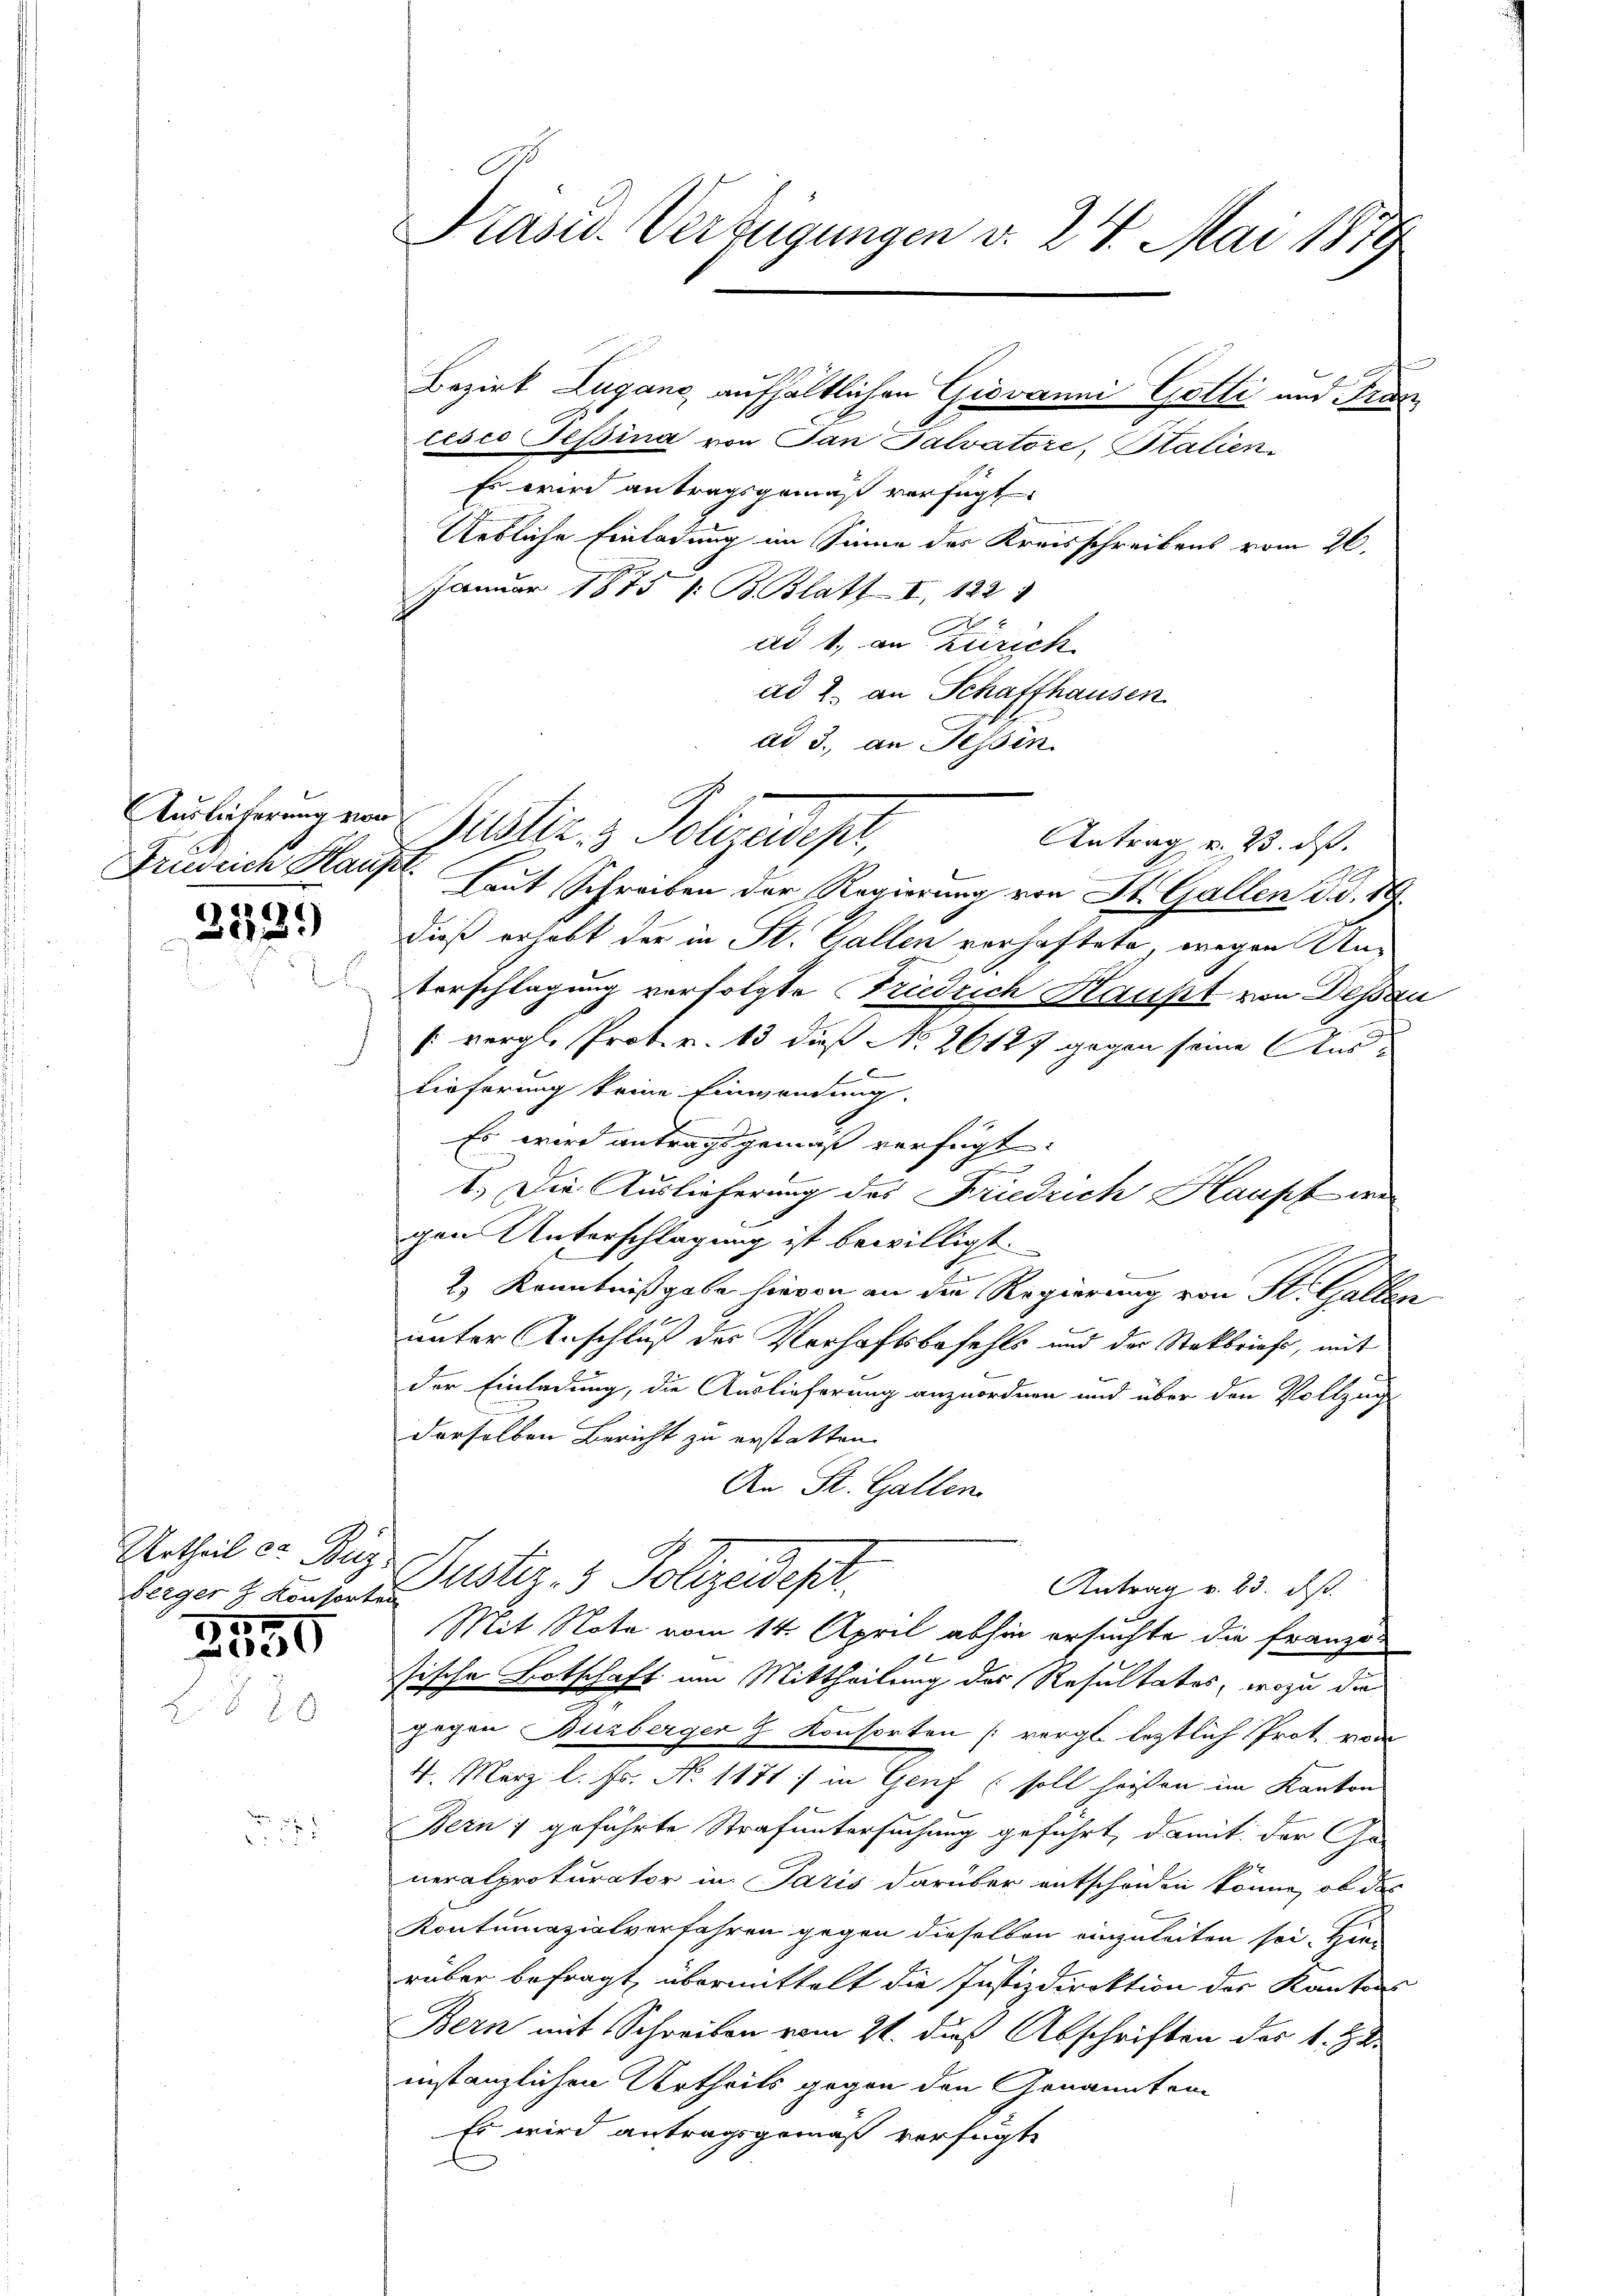
Auslieferung von

2339

Berger z. Konsorten

15
10200

cesco Tessina von Jan Talvatore, Stalien
Es wird antragsgemäß verfügt:
Uebliche Einladung im Sinne des Kreisschreibens vom 26.
Januar 1875 1: B. Blatt I 122
ad 1. an Zürich
ad 2. an Schaffhausen
ad 3., an Tessin

Präsid. Verfügungen v. 24. Mai 1879

Rustiz & Polizeidept,

Antrag u. 23. ds.
Fridrich Haus. Laut Schreiben der Regierung von St. Gallen d. d. 19
dieß erhebt der in St. Gallen verhaftete, wegen Un¬
Vorschlagung verfolgte Friedrich Haupt von Dessau
[vergl. Prot. v. 13 dieß No. 26187 gegen seine Aus¬
E
tieferung keine Einwendung.
Es wird antragsgemäß verfügt:
.
1.) Die Auslieferung des Friedrich Haupt we
gen Unterschlagung ist bewilligt.
a
2.) Kenntnißgabe hievon an die Regierung von St. Gallen
unter Anschluß des Verhaftsbefehls und der Stakbrief, mit
der Einladung, die Auslieferung anzuordnen und über den Vollzug
derselben Bericht zu erstatten.
An St. Gallen
Urtheil er Reg. Justiz- & Polizeidept.
Antrag v. 23. ds.
Mit Nota vom 14. April abhin ersuchte die franzö-
 x
sische Botschaft um Mittheilung des Resultates, wozu die
gegen Bürberger & Konsorten [vergl. letztlich Prot. vom
4. März l. Fs. No 1171 :/ in Genf soll heißen im Kanton
Bern) geführte Strafuntersuchung geführt, damit der Ge-
neralprokurator in Paris darüber entscheiden könne, ob des
Kontumazialverfahren gegen dieselben einzuleiten sei. Herr
rüber befragt, übermittelt die Justizdirektion des Kantons
Bern mit Schreiben vom 21. dieß Abschriften des 1. J
instanzlichen Urtheils gegen den Genannten-
Es wird antragsgemäß verfügt

Bezirk Lugano aufhältlichen Giovanni Gotti und Fran